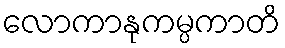
လောကာနုကမ္ပကာတိ